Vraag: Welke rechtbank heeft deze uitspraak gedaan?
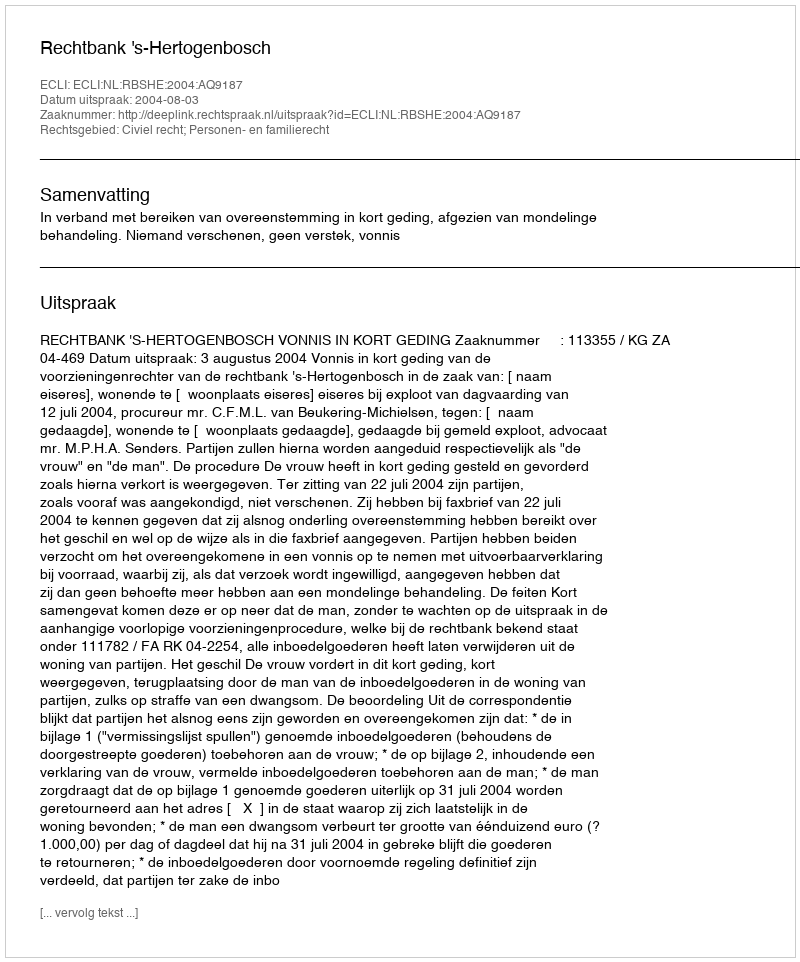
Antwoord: Rechtbank 's-Hertogenbosch